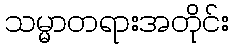
သမ္မာတရားအတိုင်း